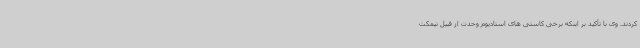
کردند. وی با تأکید بر اینکه برخی کاستی های استادیوم وحدت از قبیل نیمکت